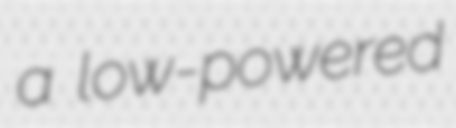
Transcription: a low-powered